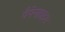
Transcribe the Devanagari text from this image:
पैपेनहाइम